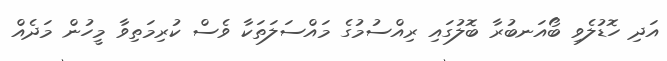
އަދި ހޮޑުލެވި ބޯއަނބުރާ ބޮލުގައި ރިއްސުމުގެ މައްސަލަތަކާ ވެސް ކުރިމަތިވާ މީހުން މަދެއް